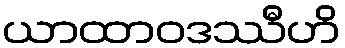
ယာထာဝဒဿီဟိ